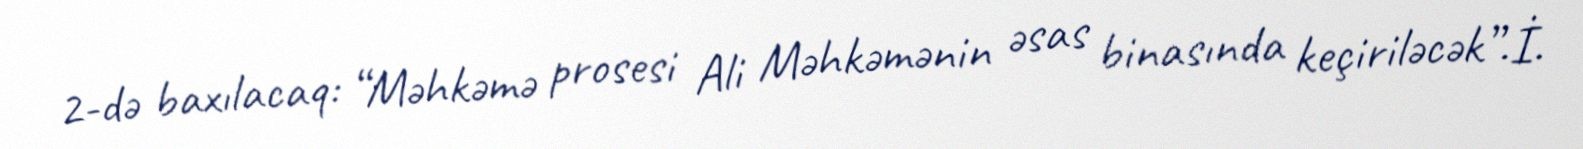
2-də baxılacaq: “Məhkəmə prosesi Ali Məhkəmənin əsas binasında keçiriləcək”.İ.